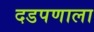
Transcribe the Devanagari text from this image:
दडपणाला